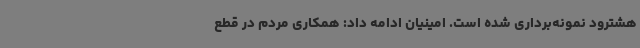
هشترود نمونه‌برداری شده است. امینیان ادامه داد: همکاری مردم در قطع